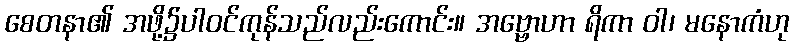
စေတနာ၏ အဖို့၌ပါဝင်ကုန်သည်လည်းကောင်း။ အဗ္ဗောဟာ ရိကာ ဝါ၊ မနောကံဟု